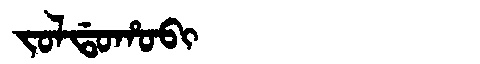
Manchu: ᠵᠣᠯᡩᠣᡥᠣᠪᡳ
Romanization: JOLDOHOBI